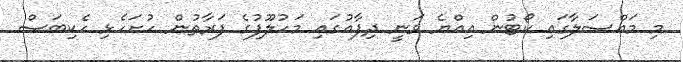
މި މައްސަލާގައި ކޯޓުން އިއްޔެ ވަނީ ދިފާއުގައި މަހުލޫފުގެ ފަރާތުން ހުށަހެޅި ހެކިބަސް